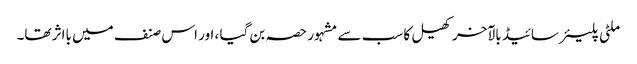
ملٹی پلیئر سائیڈ بالآخر کھیل کا سب سے مشہور حصہ بن گیا ، اور اس صنف میں بااثر تھا۔